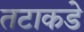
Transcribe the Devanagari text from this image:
तटाकडे